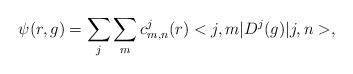
LaTeX: \begin{align*}\psi(r,g)=\sum_{j}\sum_{m}c^{j}_{m,n}(r)<j,m|D^{j}(g)|j,n>,\end{align*}